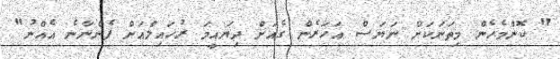
" ކޮންމެހެން މިތަނަކަށް ނަޔަސް އަހަރެން ގެއަށް ދިޔައީމަ ރުހައިލްއަށް ފެންނާނެ އެއްނު"